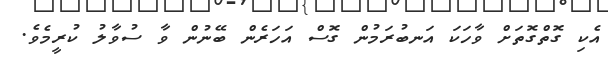
އެކި ގޮތްގޮތަށް ވާހަކަ އަނބުރަމުން ގޮސް އަހަރެން ބޭނުން ވާ ސުވާލު ކުރީމެވެ.